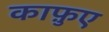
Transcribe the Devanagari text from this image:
काफ़ुए